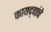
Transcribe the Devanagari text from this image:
कायद्द्यांचे